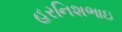
હરનિશભાઇ